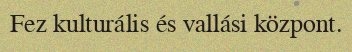
Fez kulturális és vallási központ.